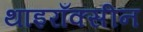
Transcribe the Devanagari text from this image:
थाइराँक्सीन